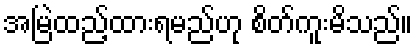
အမြဲထည့်ထားရမည်ဟု စိတ်ကူးမိသည်။